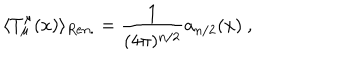
LaTeX: \langle T _ { \mu } ^ { \mu } ( x ) \rangle _ { R e n . } = \frac 1 { ( 4 \pi ) ^ { n / 2 } } a _ { n / 2 } ( x ) \ ,